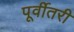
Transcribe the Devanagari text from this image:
पूर्वीतरी